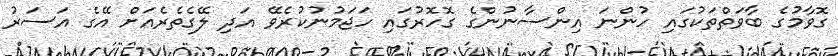
ގޮވާމުގެ ބާވަތްތަކުގައި ހުންނަ އިންސާނުންގެ ގޮހޮރުގައި ހަޖަމުނުކުރެވޭ އަދި ލޭގެތެރެއަށް އޭގެ އަސަރު